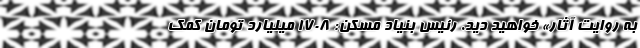
به روایت آثار» خواهید دید. رئیس بنیاد مسکن: ۱۷۰۸ میلیارد تومان کمک